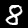
Digit: 8